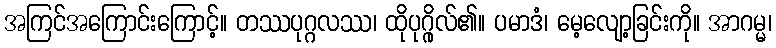
အကြင်အကြောင်းကြောင့်။ တဿပုဂ္ဂလဿ၊ ထိုပုဂ္ဂိုလ်၏။ ပမာဒံ၊ မေ့လျော့ခြင်းကို။ အာဂမ္မ၊